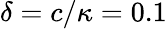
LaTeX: \delta=c/\kappa=0.1